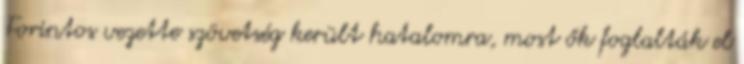
Forintos vezette szövetség került hatalomra, most ők foglalták el